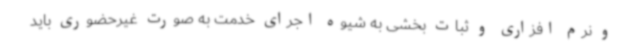
و نرم افزاری و ثبات بخشی به شیوه اجرای خدمت به صورت غیرحضوری باید